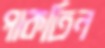
পাকতিন